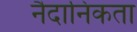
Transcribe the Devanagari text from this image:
नैदानिकता